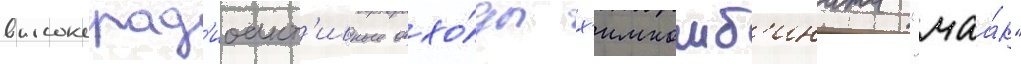
высокорад'иоакт'ивные отхо́ды х'имкомб'ината "маа́к"